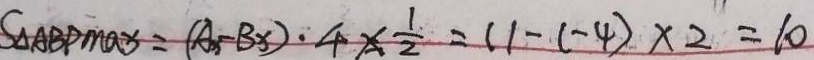
S _ { \Delta A B P \max } = ( A _ { x } - B _ { x } ) \cdot 4 \times \frac { 1 } { 2 } = ( 1 - ( - 4 ) \times 2 = 1 0